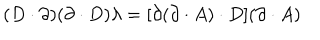
LaTeX: ( D \cdot \partial ) ( \partial \cdot D ) \lambda = [ \partial ( \partial \cdot A ) \cdot D ] ( \partial \cdot A )